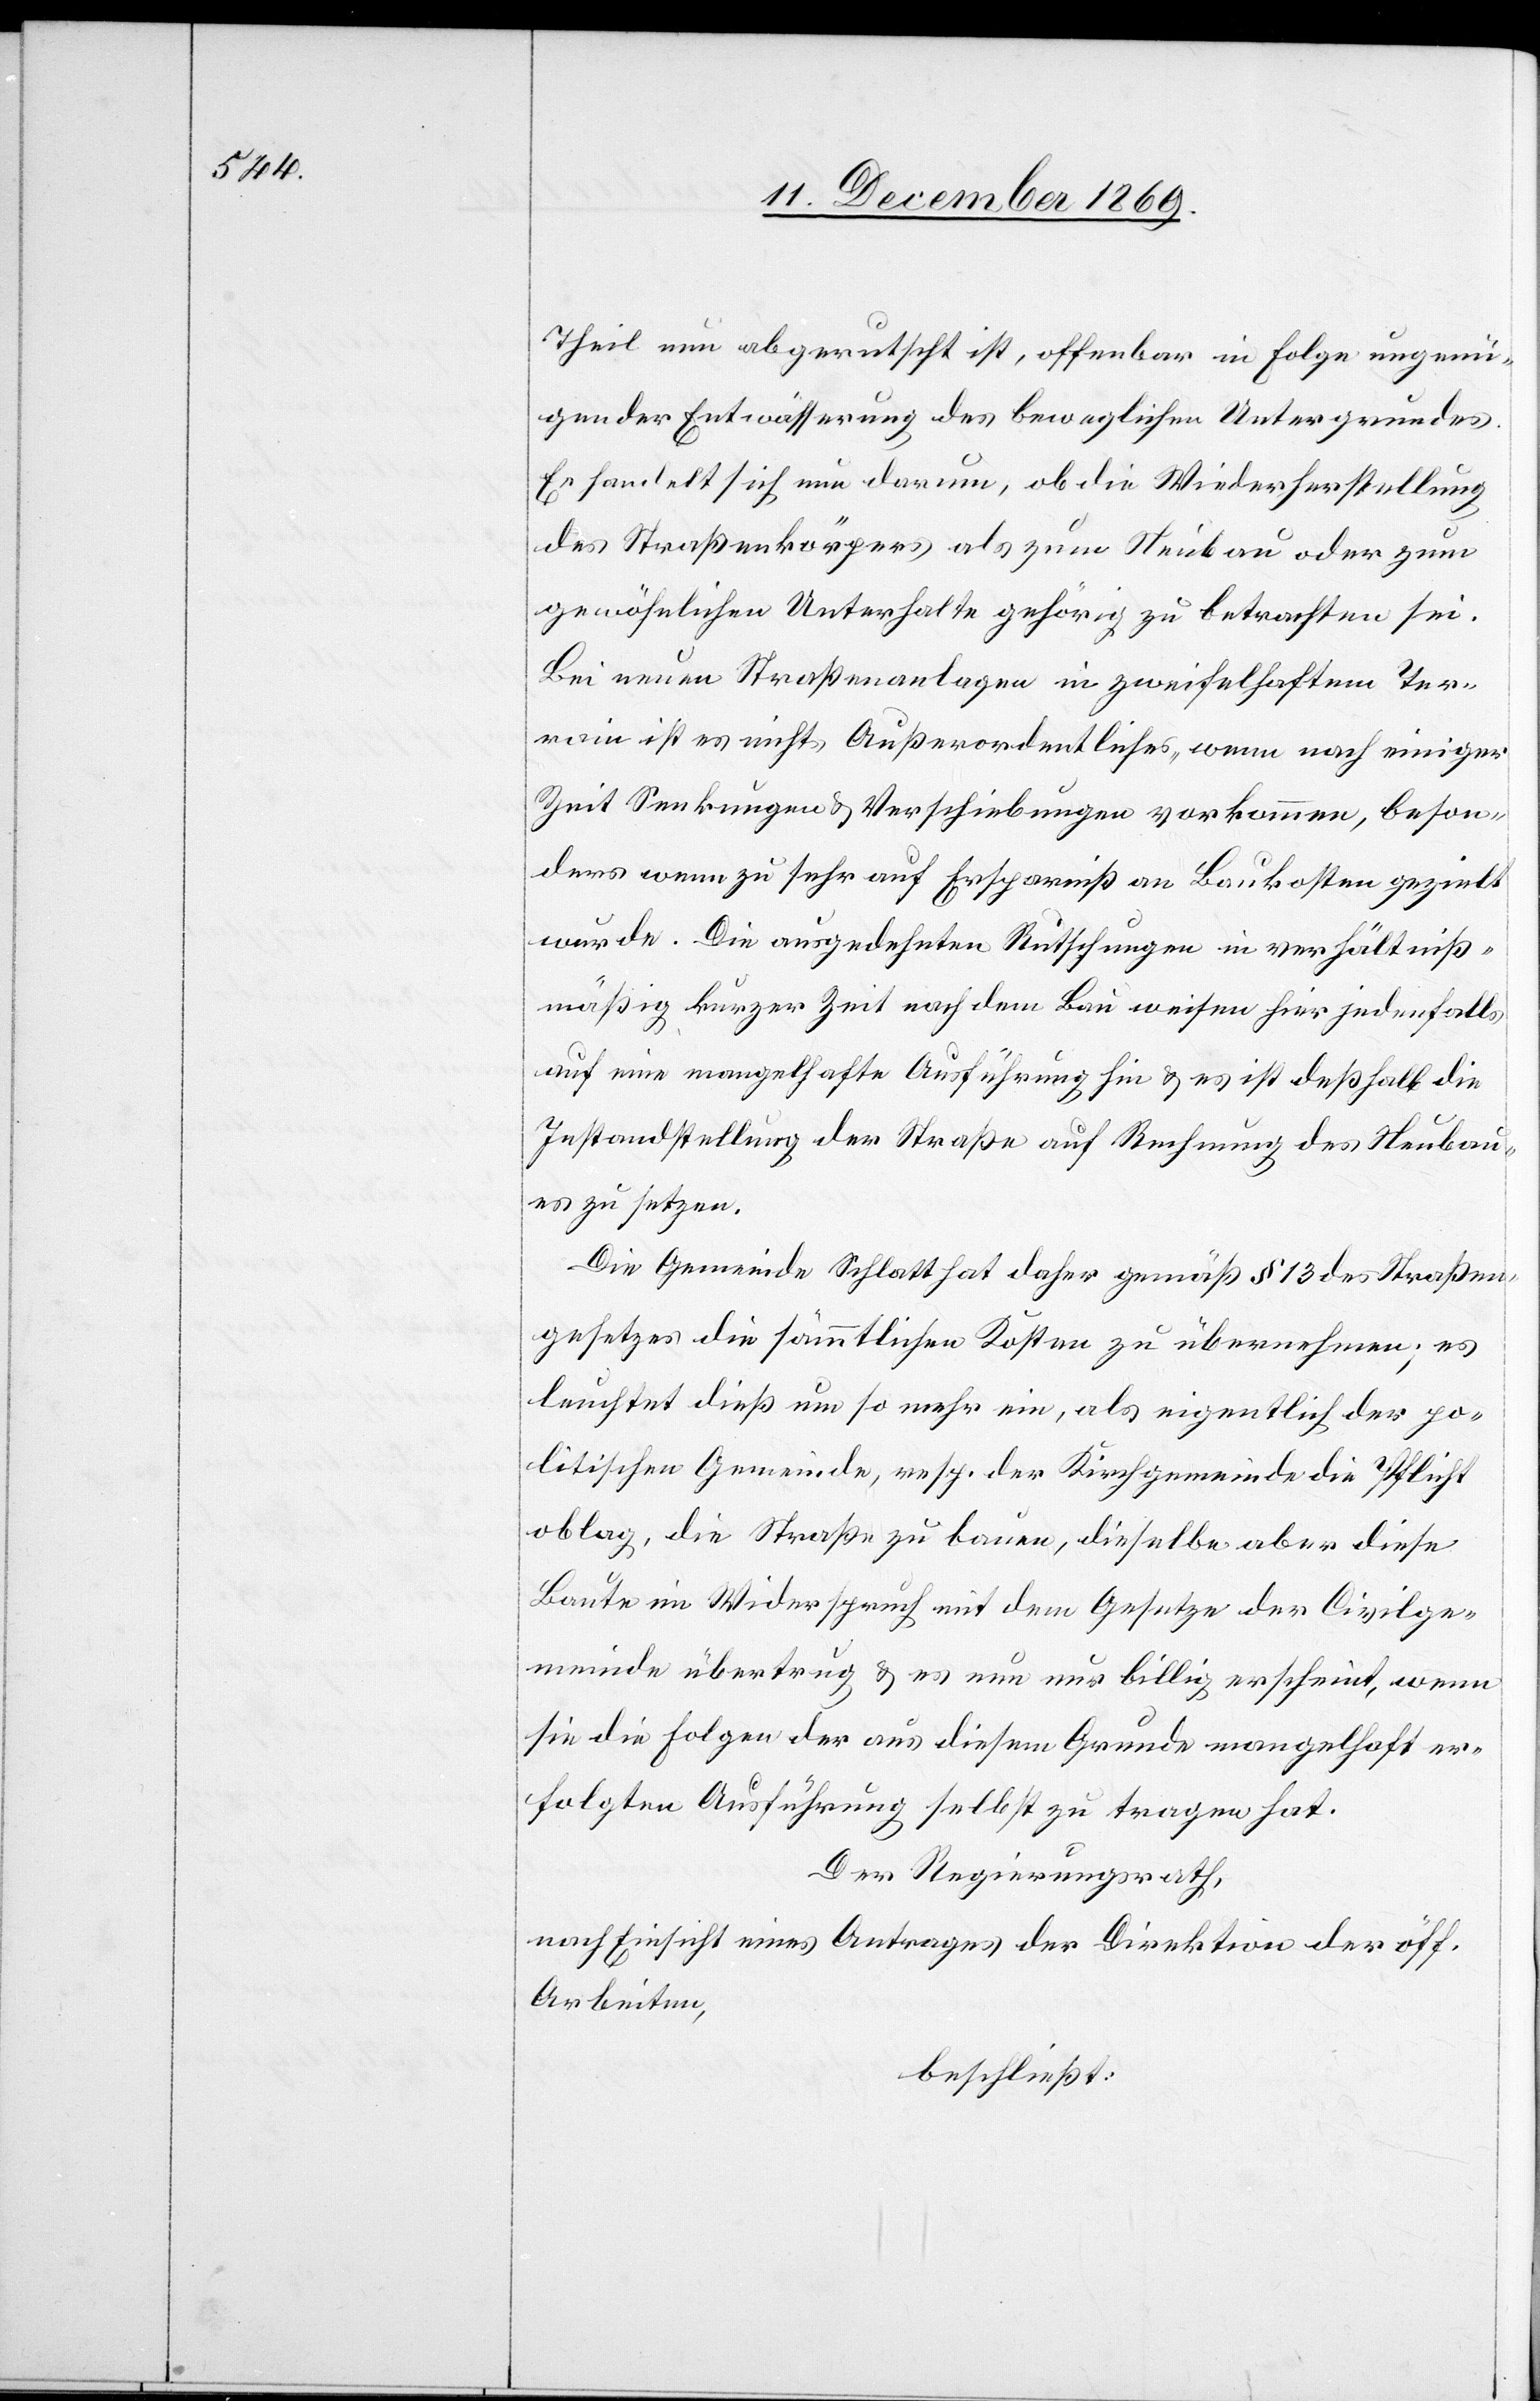
Theil nun abgerutscht ist, offenbar in Folge ungenü¬
gender Entwässerung des beweglichen Untergrundes.
Es handelt sich nun darum, ob die Wiederherstellung
des Straßenkörpers als zum Neubau oder zum
gewöhnlichen Unterhalte gehörig zu betrachten sei.
Bei neuen Straßenanlagen in zweifelhaftem Ter¬
rain ist es nichts Außerordentliches, wenn nach einiger
Zeit Senkungen & Verschiebungen vorkommen, beson¬
ders wenn zu sehr auf Ersparniß an Baukosten gezielt
wurde. Die ausgedehnten Rutschungen in verhältniß¬
mäßig kurzer Zeit nach dem Bau weisen hier jedenfalls
auf eine mangelhafte Ausführung hin & es ist deßhalb die
Instandstellung der Straße auf Rechnung des Neubau¬
es zu setzen.
Die Gemeinde Schlatt hat daher gemäß § 13 des Straßen¬
gesetzes die sämmtlichen Kosten zu übernehmen; es
leuchtet dieß um so mehr ein, als eigentlich der po¬
litischen Gemeinde, resp. der Kirchgemeinde die Pflicht
oblag, die Straße zu bauen, dieselbe aber diese
Baute im Widerspruch mit dem Gesetze der Civilge¬
meinde übertrug & es nun nur billig erscheint, wenn
sie die Folgen der aus diesem Grunde mangelhaft er¬
folgten Ausführung selbst zu tragen hat.
Der Regierungsrath,
nach Einsicht eines Antrages der Direktion der öff.
Arbeiten,
beschließt: